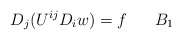
\begin{align*}D_j(U^{ij}D_i w)=f\quad\,\,\,\,B_1\end{align*}